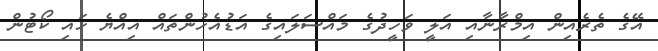
އޭގެ ތެރެއިން އިމްރާނާއި އަލީ ވަހީދުގެ މައްސަލައިގެ އަޑުއެހުންތައް އިއްޔެ ހައި ކޯޓުން